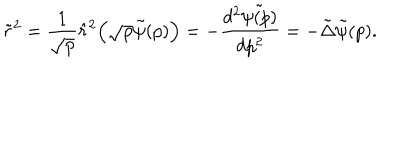
LaTeX: \tilde { r } ^ { 2 } = \frac { 1 } { \sqrt { p } } \hat { r } ^ { 2 } \Bigl ( \sqrt { p } \tilde { \psi } ( p ) \Bigr ) = - \frac { d ^ { 2 } \tilde { \psi ( p ) } } { d p ^ { 2 } } = - \tilde { \Delta } \tilde { \psi } ( p ) .